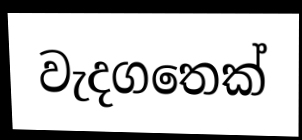
වැදගතෙක්